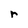
Character: r